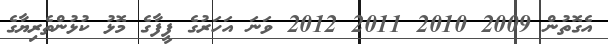
އެގޮތުން 2009 2010 2011 2012 ވަނަ އަހަރުގެ ފީފާގެ މޮޅު ކުޅުންތެރިޔާގެ